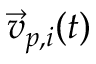
\vec { v } _ { p , i } ( t )